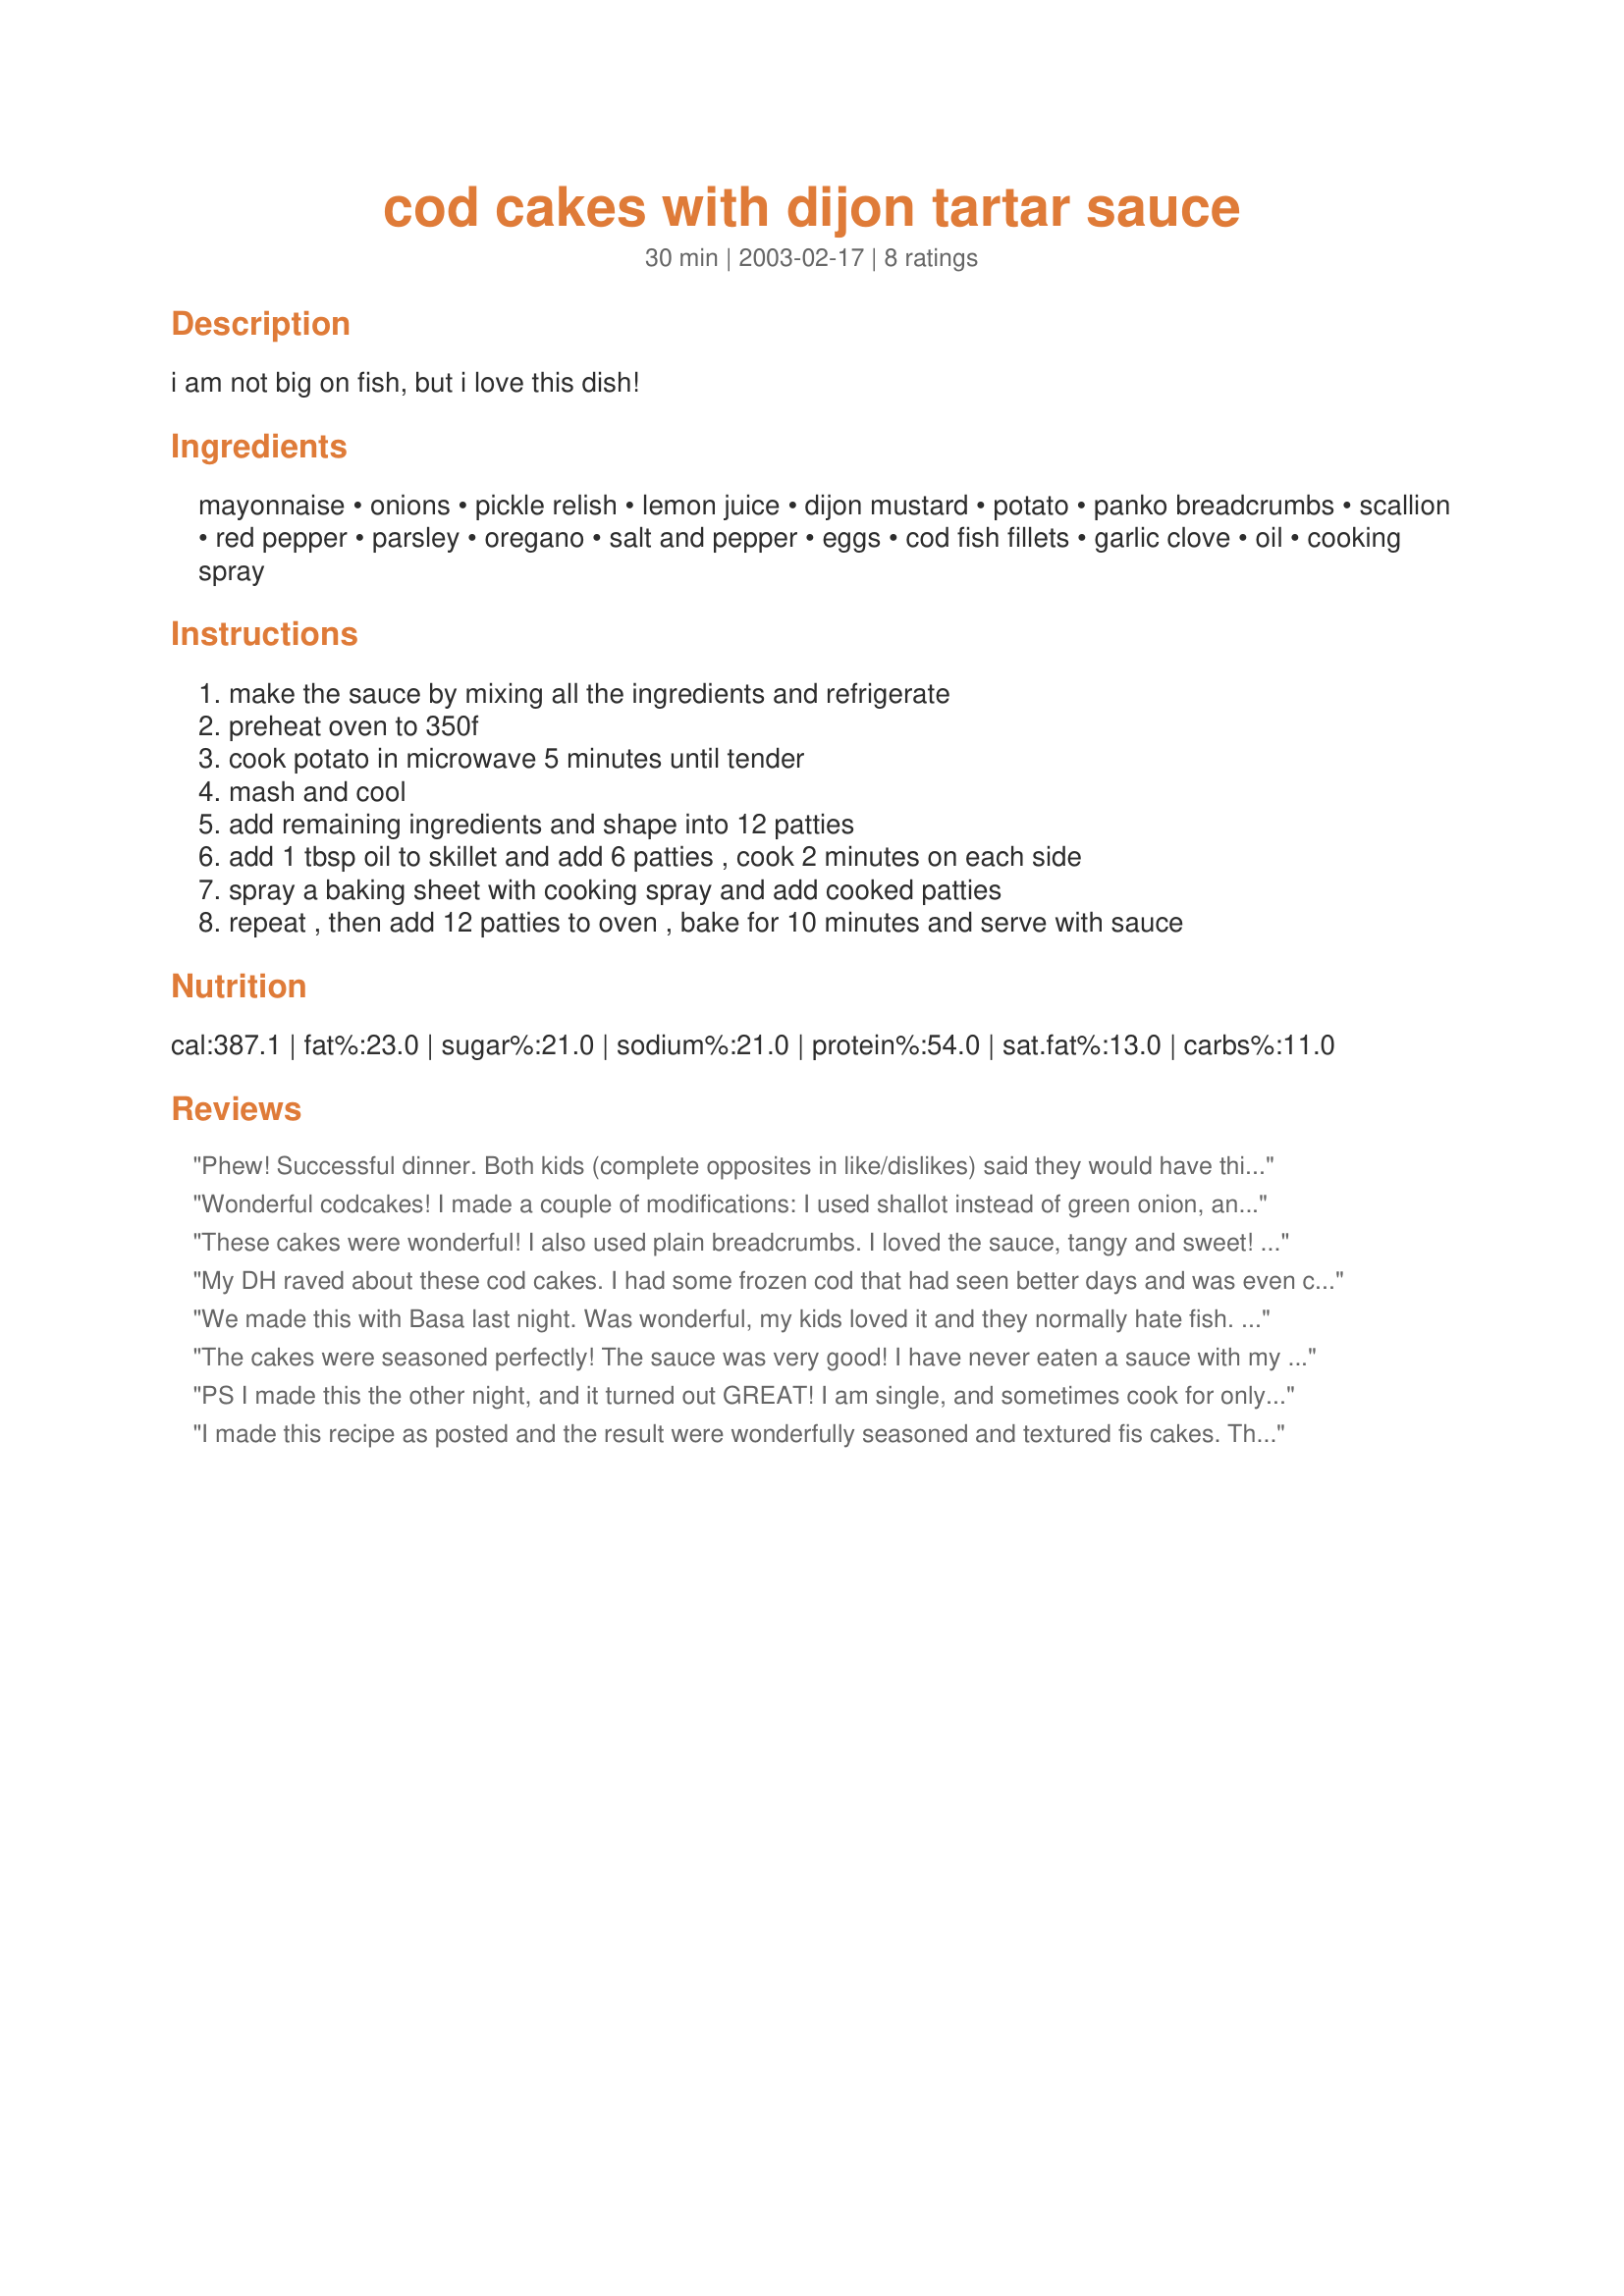
cod cakes with dijon tartar sauce
Preparation time: 30 minutes

i am not big on fish, but i love this dish!

Ingredients:
mayonnaise, onions, pickle relish, lemon juice, dijon mustard, potato, panko breadcrumbs, scallion, red pepper, parsley, oregano, salt and pepper, eggs, cod fish fillets, garlic clove, oil, cooking spray

Steps:
make the sauce by mixing all the ingredients and refrigerate, preheat oven to 350f, cook potato in microwave 5 minutes until tender, mash and cool, add remaining ingredients and shape into 12 patties, add 1 tbsp oil to skillet and add 6 patties , cook 2 minutes on each side, spray a baking sheet with cooking spray and add cooked patties, repeat , then add 12 patties to oven , bake for 10 minutes and serve with sauce

Reviews:
Phew! Successful dinner. Both kids (complete opposites in like/dislikes) said they would have this again. Tasted great. The cakes stayed together beautifully, so they were fast and easy to cook and transfer to the oven. I'm making baby steps thanks to all the recipes at Zaar.
Wonderful codcakes! I made a couple of modifications: I used shallot instead of green onion, and I sauteed the shallot and green pepper together until just soft before mixing in with the rest of the ingredients. Otherwise, all the same. They were wonderful! I served them with some parslied orzo. I'd like to try them with fresh breadcrumbs next time and see what difference it might make.
These cakes were wonderful! I also used plain breadcrumbs. I loved the sauce, tangy and sweet! I make salmon cakes and I am going to use this recipe to make them next time. They would be awesome!! Thanks for a definite keeper chia ; )
My DH raved about these cod cakes. I had some frozen cod that had seen better days and was even concerned that it wouldn't be a fair test of this recipe. Not to worry...I think this recipe would make any fish a delicious treat. I'd never used potato in a fish cake before or Panko in place of breadcrumbs and really liked how they just melted and disappeared into the fish cake adding a great texture without distracting from the wonderful taste of the cod. I can't rightly judge the sauce as I never use pickle relish and just made the dijon sauce without it.
Great recipe Chia.
We made this with Basa last night. Was wonderful, my kids loved it and they normally hate fish. Great recipy, thanks for posting.
The cakes were seasoned perfectly! The sauce was very good! I have never eaten a sauce with my cakes before but will from now on. I used plain bread crumbs.
PS I made this the other night, and it turned out GREAT! I am single, and sometimes cook for only me, so I had a few leftovers, but I put them in the freezer. I took them out last night, popped them in the oven, and they were just as good as they were the first time! I didn't have the panco OR bread crumbs however(shame on me) so I used Shake n Bake but it still turned out delicious :)
I made this recipe as posted and the result were wonderfully seasoned and textured fis cakes. The sauce was a nice accompanyment and worked well with fat free mayo. Thank you Chia for a keeper.
